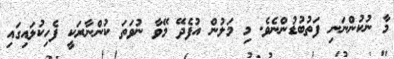
މާ ނުކުންނަނި ފަތުބުޑުންނެވެ. މި މަލުން އުފެދޭ މޭވާ ނުވަތަ ކުންނާރަކީ ފެހިކުލައިގައި